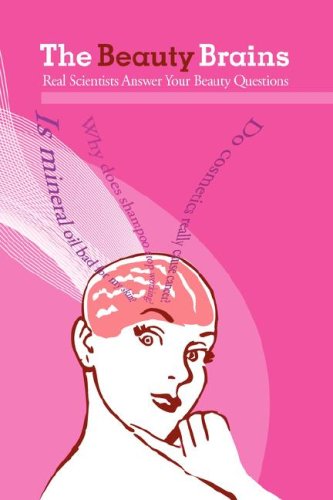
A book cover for The Beauty Brains: Real Scientists Answer Your Beauty Questions; Sarah Bellum; Health, Fitness & Dieting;